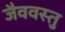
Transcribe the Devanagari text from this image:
जैववस्तु